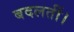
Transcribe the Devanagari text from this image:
बदलतीं।